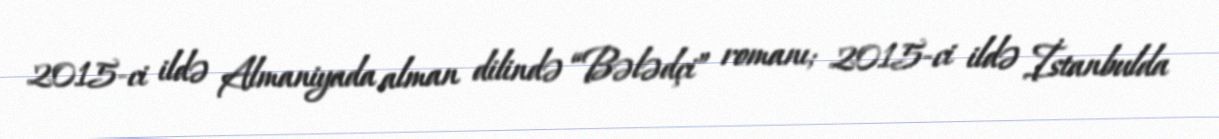
2015-ci ildə Almaniyada alman dilində “Bələdçi” romanı; 2015-ci ildə İstanbulda